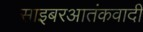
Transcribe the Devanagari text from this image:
साइबरआतंकवादी